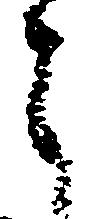
う